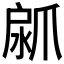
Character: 𤔚